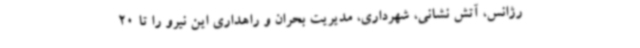
رژانس، آتش نشانی، شهرداری، مدیریت بحران و راهداری این نیرو را تا 20